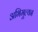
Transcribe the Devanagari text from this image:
अभिमूल्यन